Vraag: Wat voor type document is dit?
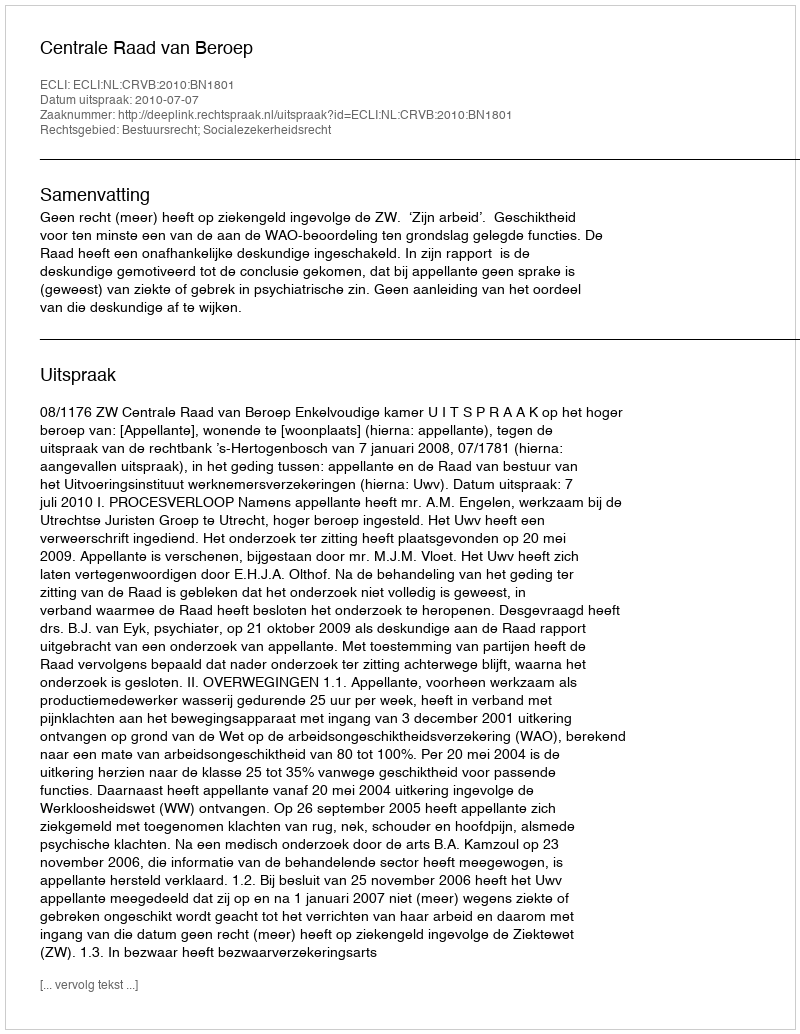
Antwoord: Uitspraak